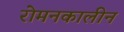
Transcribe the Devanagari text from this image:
रोमनकालीन